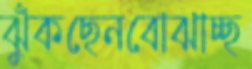
ঝুঁকছেনবোঝাচ্ছ